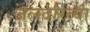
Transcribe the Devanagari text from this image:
जलदरित्या